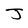
Character: J